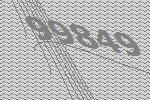
99849